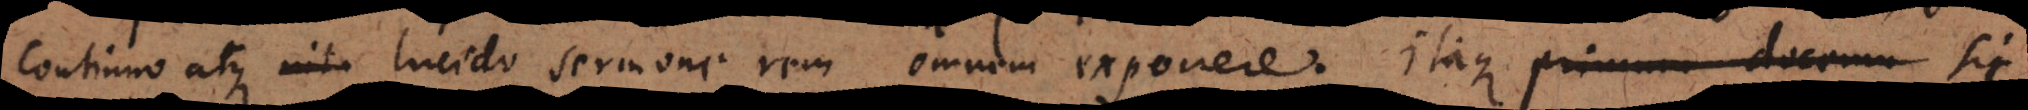
continuo atque niti lucido sermone rem omnem exponere. Itaque sic ordiemur: